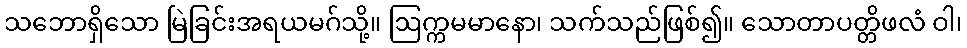
သဘောရှိသော မြဲခြင်းအရယမဂ်သို့။ ဩက္ကမမာနော၊ သက်သည်ဖြစ်၍။ သောတာပတ္တိဖလံ ဝါ၊